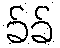
ခ်ခ်